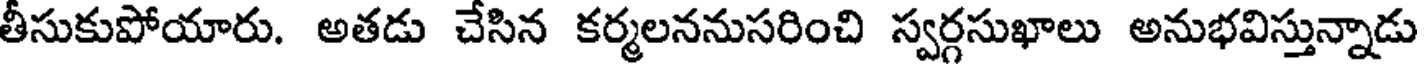
తీసుకుపోయారు. అతడు చేసిన కర్మలననుసరించి స్వర్గసుఖాలు అనుభవిస్తున్నాడు